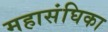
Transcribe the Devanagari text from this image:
महासंघिका